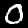
Digit: 0